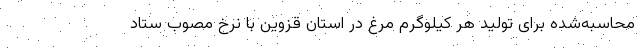
محاسبه‌شده برای تولید هر کیلوگرم مرغ در استان قزوین با نرخ مصوب ستاد